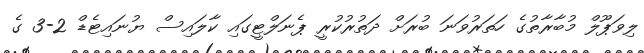
ލިވަޕޫލް މުބާރާތުގެ ހަތަރުވަނަ ބުރަށް ދަތުރުކުރީ ޕެނަލްޓީގައި ކާލައިސް ޔުނައިޓެޑް 2-3 ގެ